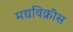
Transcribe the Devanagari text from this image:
मद्यविक्रीस